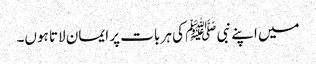
میں اپنے نبی ﷺ کی ہر بات پر ایمان لاتا ہوں۔